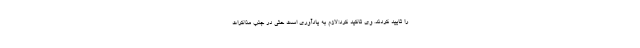
را تایید کردند. وی تاکید کرد:لازم به یادآوری است حتی در جنب مذاکرات